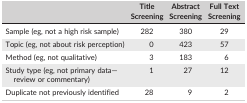
|  | Title Screening | Abstract Screening | Full Text Screening |
 | --- | --- | --- | --- |
 | Sample (eg, not a high risk sample) | 282 | 380 | 29 |
 | Topic (eg, not about risk perception) | 0 | 423 | 57 |
 | Method (eg, not qualitative) | 3 | 183 | 6 |
 | Study type (eg, not primary data—review or commentary) | 1 | 27 | 12 |
 | Duplicate not previously identified | 28 | 9 | 2 |